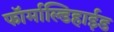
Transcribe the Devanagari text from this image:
फॉर्माल्डिहाईड